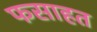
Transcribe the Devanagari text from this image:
फसाहत